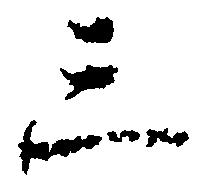
三